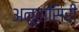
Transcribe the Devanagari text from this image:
अनुरासिरी